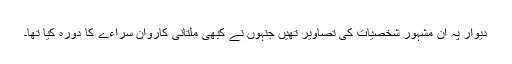
دیوار پہ ان مشہور شخصیات کی تصاویر تھیں جنہوں نے کبھی ملتانی کاروان سراءے کا دورہ کیا تھا۔